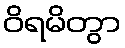
ဝိရမိတွာ